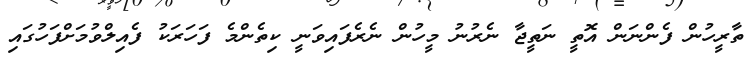
ތާރީހުން ފެންނަން އޮތީ ނަތީޖާ ނެރުނު މީހުން ނެރެފައިވަނީ ކިތެންމެ ފަހަރަކު ފެއިލްވުމަށްފަހުގައި